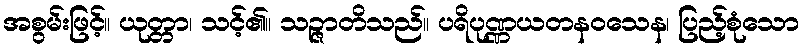
အစွမ်းဖြင့်။ ယုတ္တာ၊ သင့်၏။ သဉ္ဇာတိသည်။ ပရိပုဏ္ဏယတနဝသေန၊ ပြည့်စုံသော